Senior Leaving Certificate Examination (including Day School Certificate (Higher) General paper), 1947
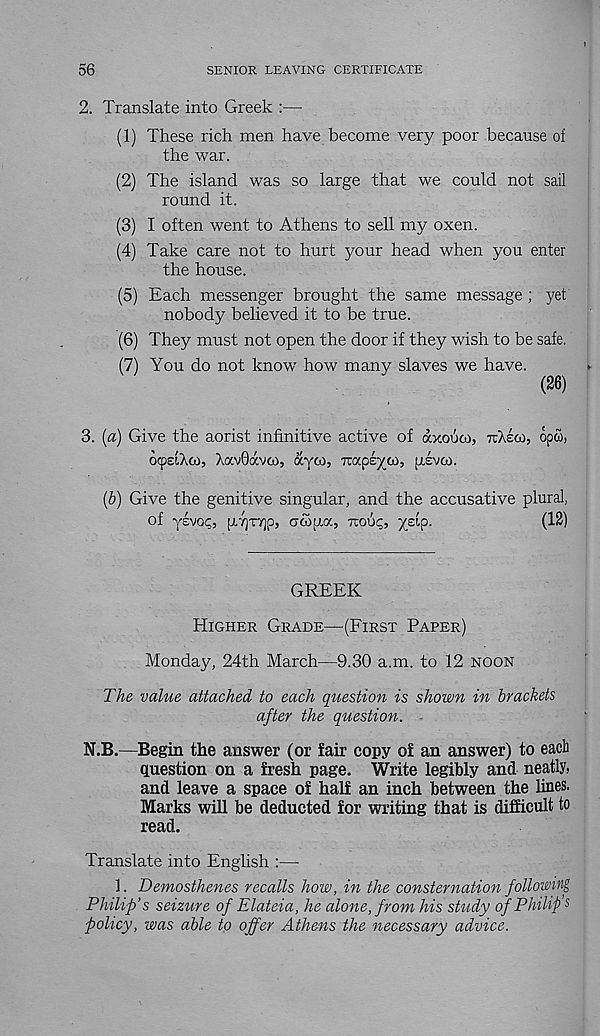
56
SENIOR LEAVING CERTIFICATE
2. Translate into Greek :—
(1) These rich men have become very poor because of
the war.
(2) The island was so large that we could not sail
round it.
(3) I often went to Athens to sell my oxen.
(4) Take care not to hurt your head when you enter
the house.
(5) Each messenger brought the same message; yet
nobody believed it to be true.
(6) They must not open the door if they wish to be safe.
(7) You do not know how many slaves we have.
(26)
3. [a) Give the aorist infinitive active of dxouco, TtAeci, opw,
ocpelXco, Xav6dvco, dyco, rcapeyoo, ij.svoi.
{b) Give the genitive singular, and the accusative plural,
of yevop, pvjTTjp, aoopoc, Ttoup, yelp.
(12)
GREEK
Higher Grade—(First Paper)
Monday, 24th March—9.30 a.m. to 12 noon
The value attached to each question is shown in brackets
after the question.
N.B.—Begin the answer (or fair copy of an answer) to each
question on a fresh page. Write legibly and neatly,
and leave a space of half an inch between the lines.
Marks will be deducted for writing that is difficult to
read.
Translate into English :—
1. Demosthenes recalls how, in the consternation following
Philip’s seizure of Elateia, he alone, from his study of Philip s
policy, was able to offer Athens the necessary advice.